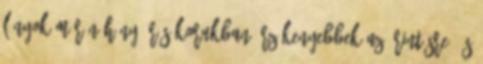
lányok már néhány órás korukban érzékenyebbek az érintésre, és